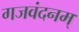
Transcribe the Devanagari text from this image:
गजवंदनम्